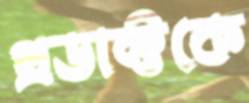
প্রডাক্টকে